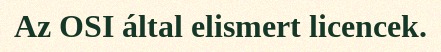
Az OSI által elismert licencek.